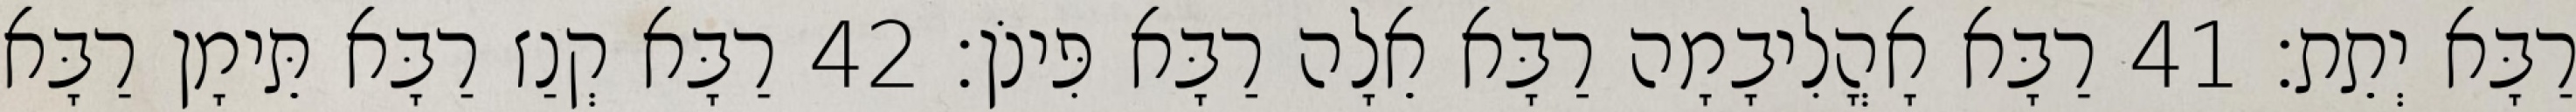
רַבָּא יְתֵת׃ 41 רַבָּא אָהֳלִיבָמָה רַבָּא אֵלָה רַבָּא פִּינֹן׃ 42 רַבָּא קְנַז רַבָּא תֵּימָן רַבָּא